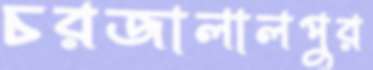
চরজালালপুর